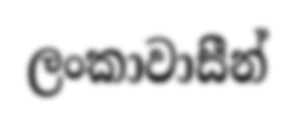
ලංකාවාසීන්